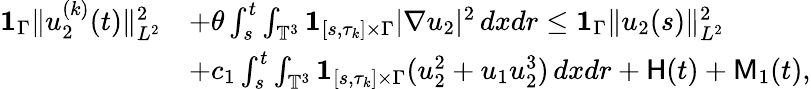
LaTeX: \begin{array}{rl}{{{\mathbf 1}}_{\Gamma}\| u_{2}^{(k)}(t)\| _{L^{2}}^{2}}&{+\theta\int_{s}^{t}\int_{\mathbb{T}^{3}}{{\mathbf 1}}_{[s,\tau_{k}]\times\Gamma}|\nabla u_{2}|^{2}\, dxdr\leq{{\mathbf 1}}_{\Gamma}\| u_{2}(s)\| _{L^{2}}^{2}}\\ &{+c_{1}\int_{s}^{t}\int_{\mathbb{T}^{3}}{{\mathbf 1}}_{[s,\tau_{k}]\times\Gamma}(u_{2}^{2}+u_{1}u_{2}^{3})\, dxdr+\mathsf{H}(t)+\mathsf{M}_{1}(t),}\end{array}